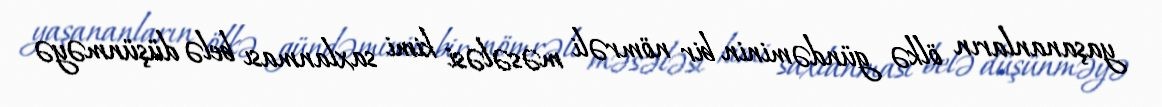
yaşananların ölkə gündəminin bir nömrəli məsələsi kimi saxlanması belə düşünməyə